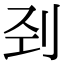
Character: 刭